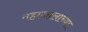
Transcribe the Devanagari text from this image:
महाजालाच्या